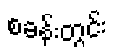
စခန်းတွင်း